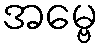
အမ္ဗေ